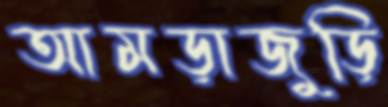
আমড়াজুড়ি